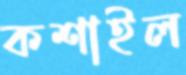
কশাইল